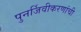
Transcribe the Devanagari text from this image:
पुनर्जिवीकरणांची